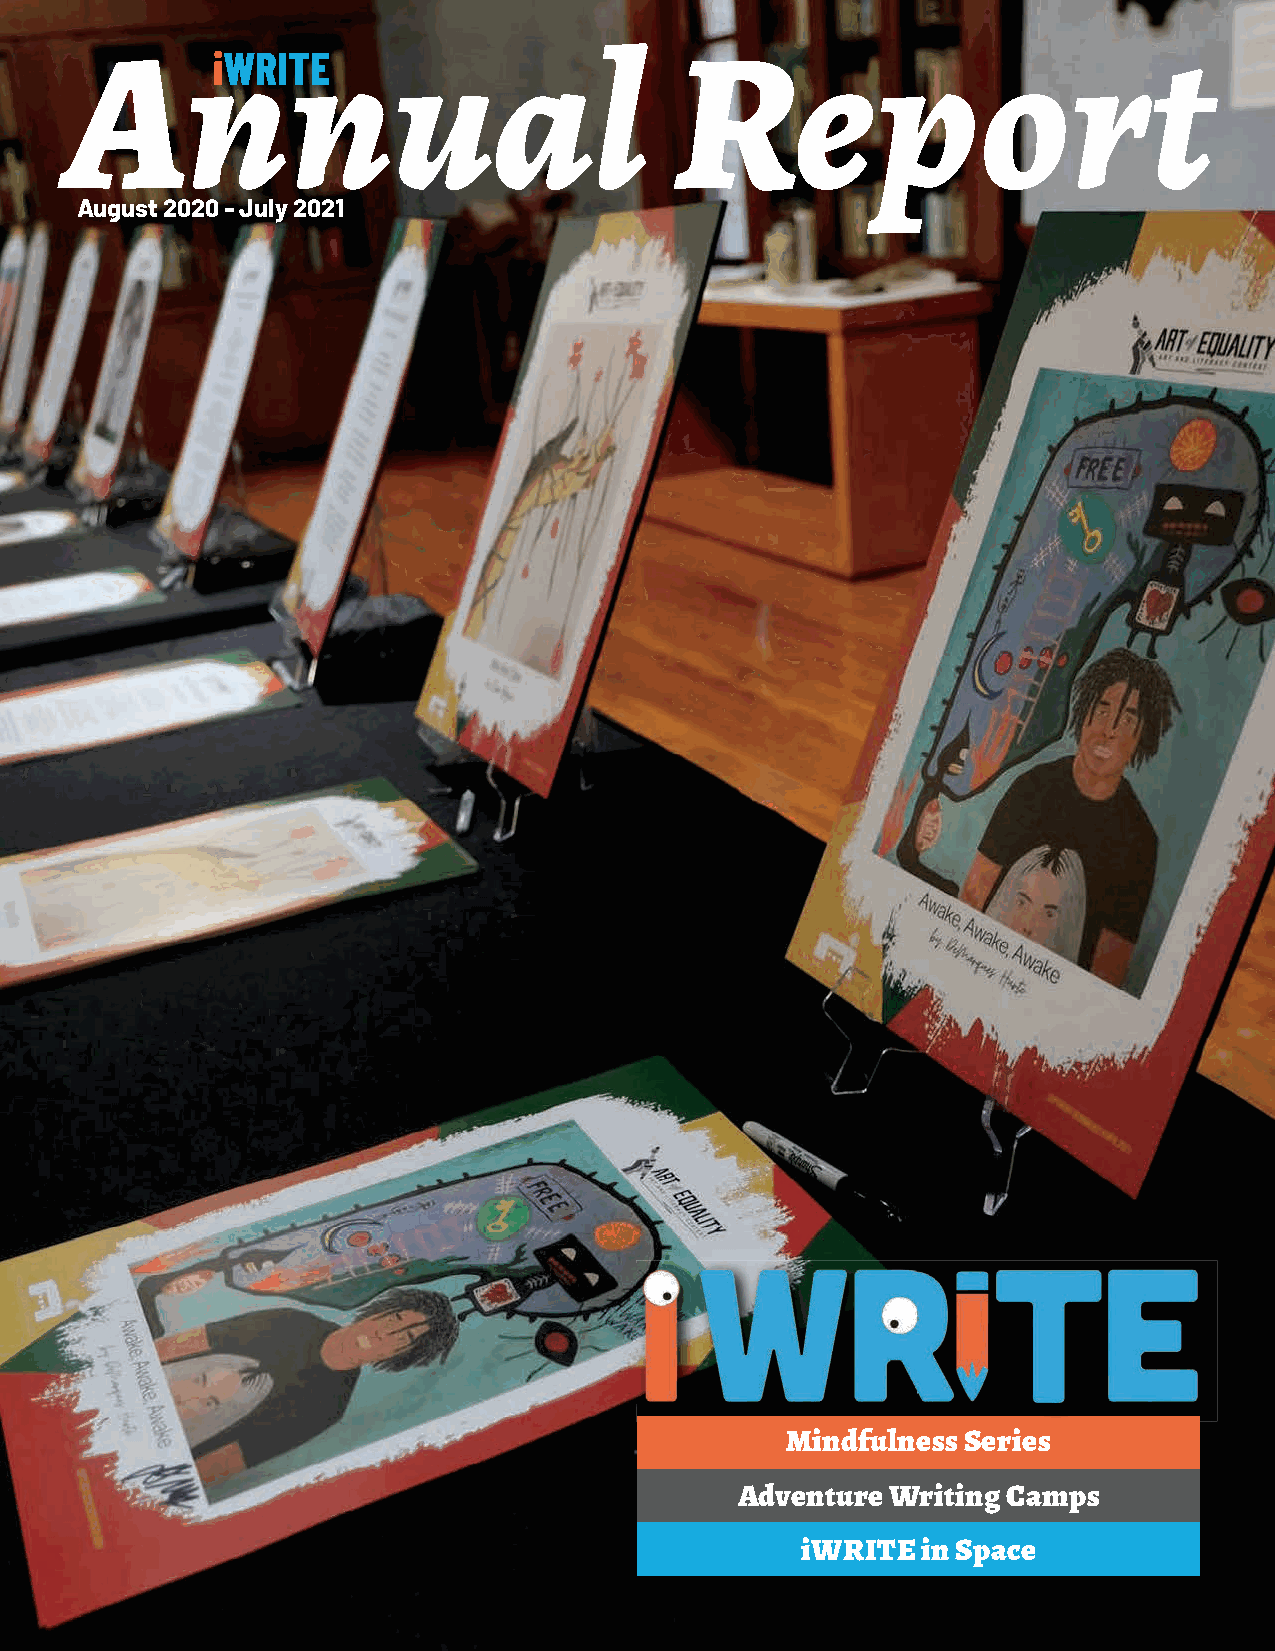
AniWRInTE             ual                Report
 August 2020 - July 2021
 Mindfulness Series
 Adventure Writing Camps
 iWRITE  in Space